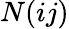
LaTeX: N(ij)